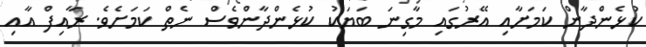
ކުޅެންދާން ކަމަށާއި އޭރުގައި މާގިނަ ބަޔަކު ކުޅެންދާންވެސް ނެތް ކަމަށެވެ. ރާއިފް އާއި